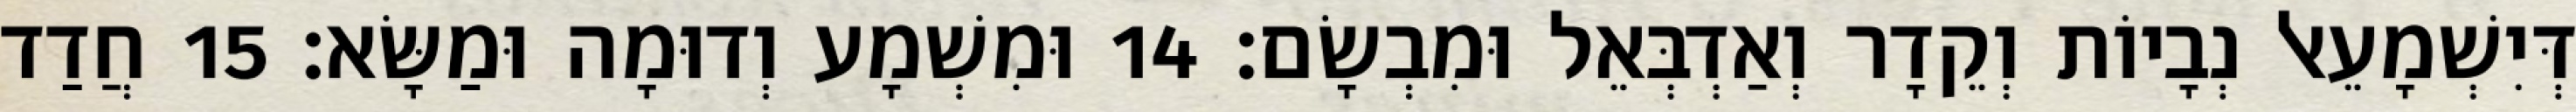
דְּיִשְׁמָעֵאל נְבָיוֹת וְקֵדָר וְאַדְבְּאֵל וּמִבְשָׂם׃ 14 וּמִשְׁמָע וְדוּמָה וּמַשָּׂא׃ 15 חֲדַד